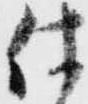
仕